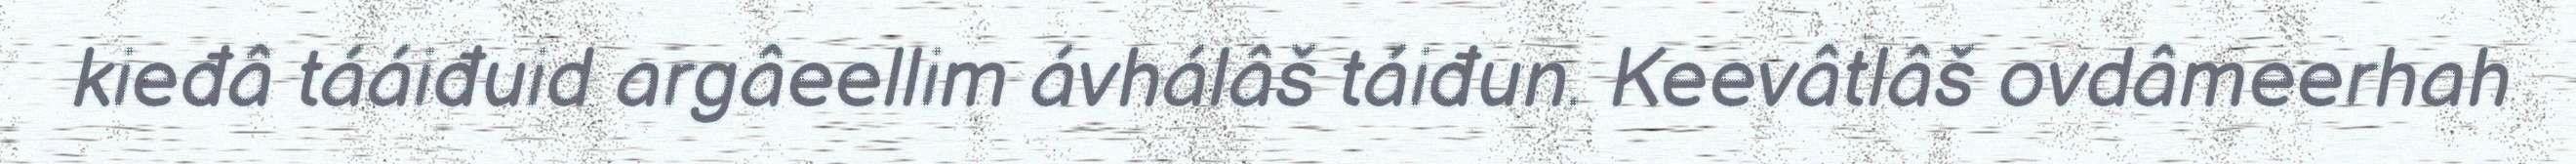
kieđâ tááiđuid argâeellim ávhálâš táiđun. Keevâtlâš ovdâmeerhah